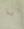
إنها